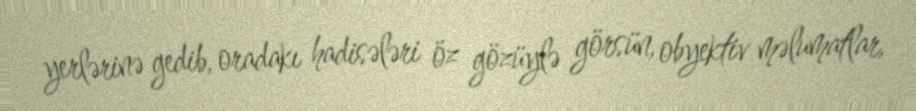
yerlərinə gedib, oradakı hadisələri öz gözüylə görsün, obyektiv məlumatlar,